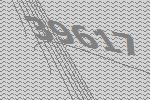
39617